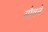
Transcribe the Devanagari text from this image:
यौवने